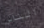
الناس